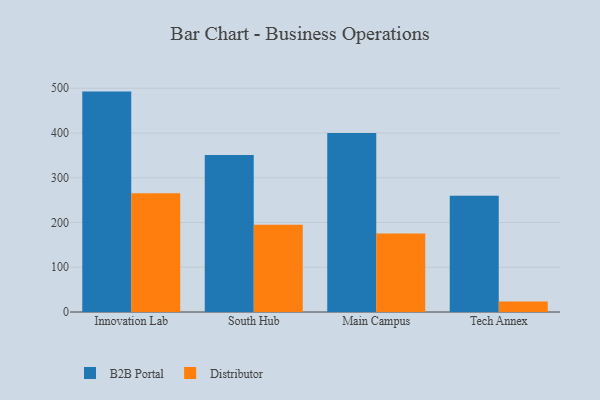
{"axis": {"x": "Campus", "y": "Headcount"}, "legend": ["B2B Portal", "Distributor"], "data": [{"x": "Innovation Lab", "y": 492.5, "type": "B2B Portal"}, {"x": "Innovation Lab", "y": 265.6, "type": "Distributor"}, {"x": "South Hub", "y": 351.0, "type": "B2B Portal"}, {"x": "South Hub", "y": 194.8, "type": "Distributor"}, {"x": "Main Campus", "y": 400.0, "type": "B2B Portal"}, {"x": "Main Campus", "y": 175.4, "type": "Distributor"}, {"x": "Tech Annex", "y": 259.8, "type": "B2B Portal"}, {"x": "Tech Annex", "y": 23.3, "type": "Distributor"}]}